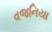
વજનિયા